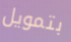
بتمويل